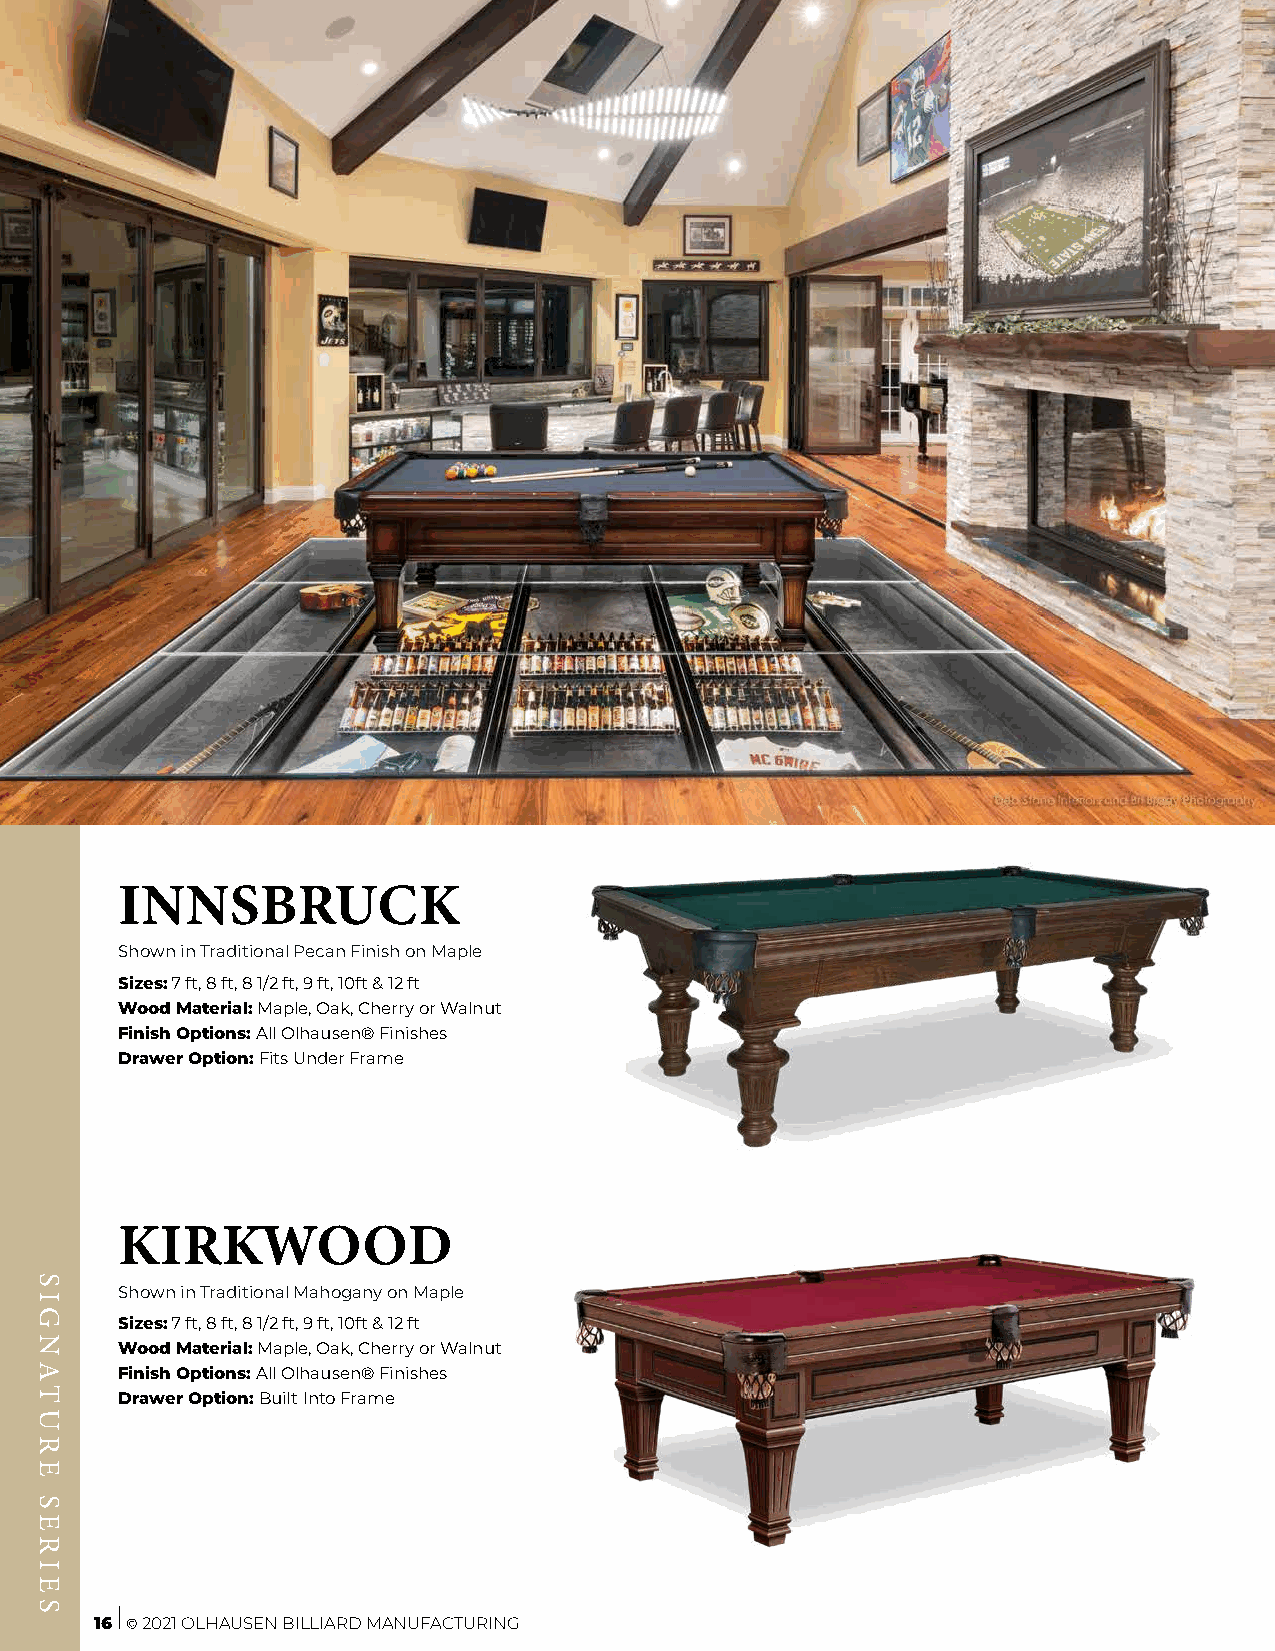
INNSBRUCK
 Shown in Traditional Pecan Finish on Maple
 Sizes: 7 ft, 8 ft, 8 1/2 ft, 9 ft, 10ft & 12 ft
 Wood Material: Maple, Oak, Cherry or Walnut
 Finish Options: All Olhausen® Finishes
 Drawer Option: Fits Under Frame
 KIRKWOOD
 Shown in Traditional Mahogany on Maple
 Sizes: 7 ft, 8 ft, 8 1/2 ft, 9 ft, 10ft & 12 ft
 Wood Material: Maple, Oak, Cherry or Walnut
 Finish Options: All Olhausen® Finishes
 Drawer Option: Built Into Frame
 16 © 2021 OLHAUSEN BILLIARD MANUFACTURING
 SIGNATURE
 SERIES